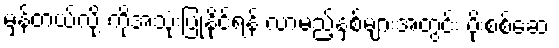
မှန်တယ်လို့ ကိုအသုံးပြုနိုင်ရန် လာမည့်နှစ်များအတွင်း ပိုးစစ်ဆေး